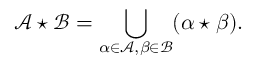
{ \mathcal { A } } \star { \mathcal { B } } = \bigcup _ { \alpha \in { \mathcal { A } } , \beta \in { \mathcal { B } } } ( \alpha \star \beta ) .